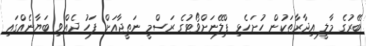
ބޭރުގެ މާލީ އިދާރާތަކުން ހުށަހެޅި ޕްލޭނަށްވޯޓުގެ ރަސްމީ ނަތީޖާއަށް ފަހު ދެއްވި ބަޔާނެއްގައި